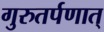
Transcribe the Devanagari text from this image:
गुरुतर्पणात्